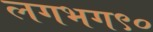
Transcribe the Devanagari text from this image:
लगभग९०